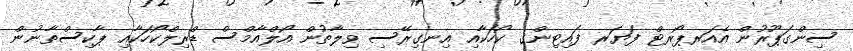
ސިންގަޕޫރުން އެއަރޕޯރޓް ފަޔަރ ފައިޓިންގ ކޯހަކާއި އިނގިރޭސި ވިލާތުން އޯލްއާމްސް ޑްރިލްކޯހަކާއި ޕާކިސްތާނުން